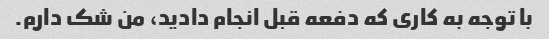
با توجه به کاری که دفعه قبل انجام دادید، من شک دارم.